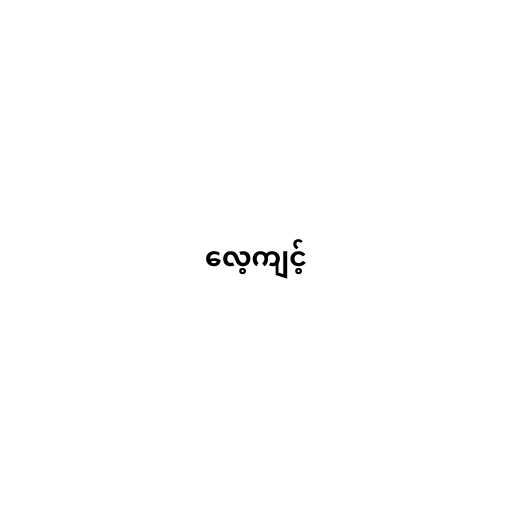
လေ့ကျင့်